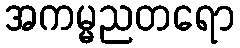
အကမ္မညတရော